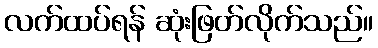
လက်ထပ်ရန် ဆုံးဖြတ်လိုက်သည်။